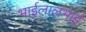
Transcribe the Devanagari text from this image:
भाईलालभाई